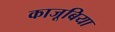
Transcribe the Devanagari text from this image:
काजूबिया